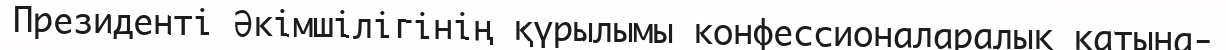
Президенті Әкімшілігінің қүрылымы конфессионаларалық қатына-